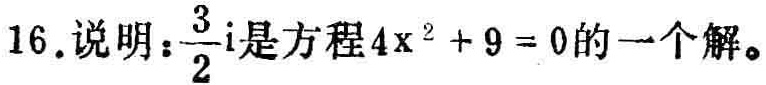
16.说明：$\frac{3}{2}\mathrm{i}$是方程$4\mathrm{x}^{2}+9 = 0$的一个解。